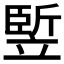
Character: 𥪨